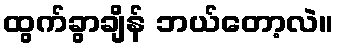
ထွက်ခွာချိန် ဘယ်တော့လဲ။